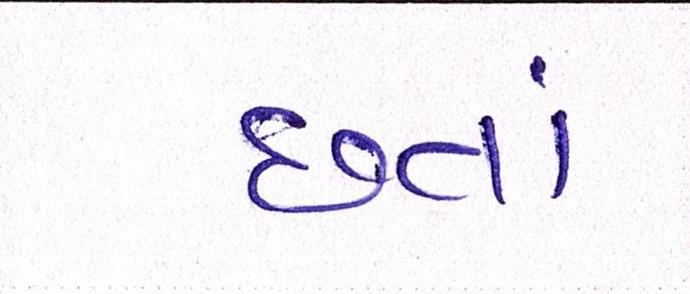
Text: છતાં